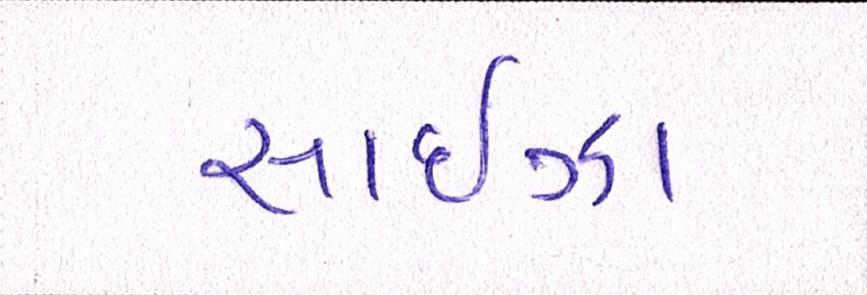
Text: સાઈઝા